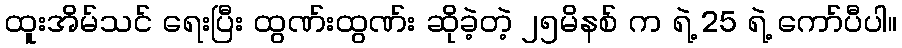
ထူးအိမ်သင် ရေးပြီး ထွဏ်းထွဏ်း ဆိုခဲ့တဲ့ ၂၅မိနစ် က ရဲ့ 25 ရဲ့ ကော်ပီပါ။